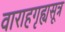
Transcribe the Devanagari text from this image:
वाराहगृह्यसूत्र